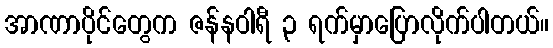
အာဏာပိုင်တွေက ဇန်နဝါရီ ၃ ရက်မှာပြောလိုက်ပါတယ်။